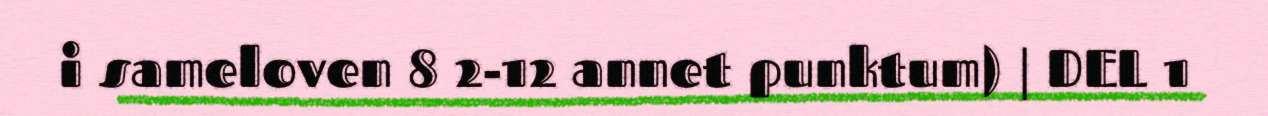
i sameloven 8 2-12 annet punktum) | DEL 1